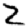
Digit: 2